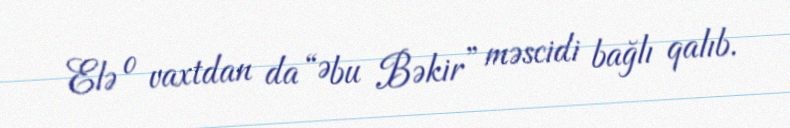
Elə o vaxtdan da “Əbu Bəkir” məscidi bağlı qalıb.